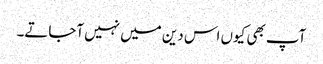
آپ بھی کیوں اس دین میں نہیں آجاتے۔